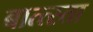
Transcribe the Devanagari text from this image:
बात्त्स्ता